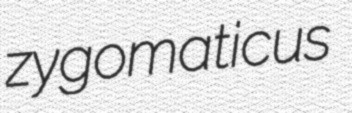
zygomaticus